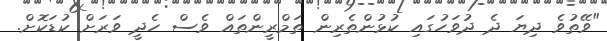
"ވޭތުވެ ދިޔަ ދެ ދުވަހުގައި ކުޅުންތެރިން ތަމްރީންތައް ވެސް ހެދީ ވަރަށް ކުޑަކޮށް.